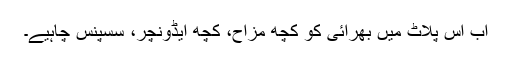
اب اس پلاٹ میں بھرائی کو کچھ مزاح، کچھ ایڈونچر، سسپنس چاہیے۔